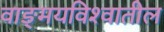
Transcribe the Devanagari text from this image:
वाङ्‌मयविश्‍वातील